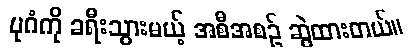
ပုဂံကို ခရီးသွားမယ့် အစီအစဉ် ဆွဲထားတယ်။